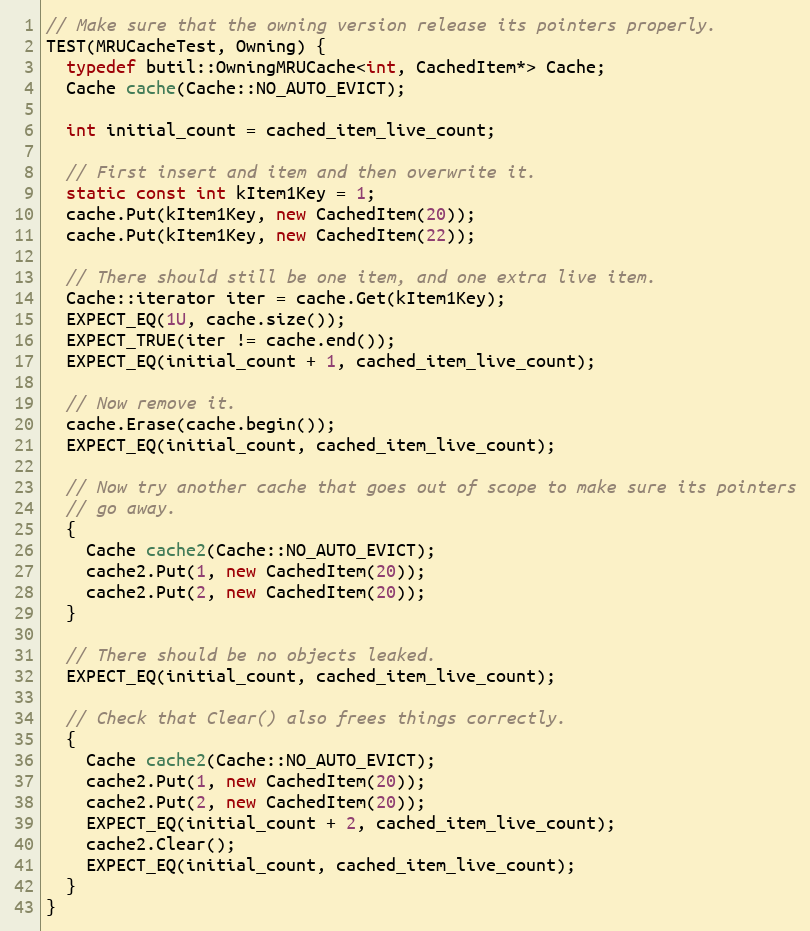
Language: C++
// Make sure that the owning version release its pointers properly.
TEST(MRUCacheTest, Owning) {
  typedef butil::OwningMRUCache<int, CachedItem*> Cache;
  Cache cache(Cache::NO_AUTO_EVICT);

  int initial_count = cached_item_live_count;

  // First insert and item and then overwrite it.
  static const int kItem1Key = 1;
  cache.Put(kItem1Key, new CachedItem(20));
  cache.Put(kItem1Key, new CachedItem(22));

  // There should still be one item, and one extra live item.
  Cache::iterator iter = cache.Get(kItem1Key);
  EXPECT_EQ(1U, cache.size());
  EXPECT_TRUE(iter != cache.end());
  EXPECT_EQ(initial_count + 1, cached_item_live_count);

  // Now remove it.
  cache.Erase(cache.begin());
  EXPECT_EQ(initial_count, cached_item_live_count);

  // Now try another cache that goes out of scope to make sure its pointers
  // go away.
  {
    Cache cache2(Cache::NO_AUTO_EVICT);
    cache2.Put(1, new CachedItem(20));
    cache2.Put(2, new CachedItem(20));
  }

  // There should be no objects leaked.
  EXPECT_EQ(initial_count, cached_item_live_count);

  // Check that Clear() also frees things correctly.
  {
    Cache cache2(Cache::NO_AUTO_EVICT);
    cache2.Put(1, new CachedItem(20));
    cache2.Put(2, new CachedItem(20));
    EXPECT_EQ(initial_count + 2, cached_item_live_count);
    cache2.Clear();
    EXPECT_EQ(initial_count, cached_item_live_count);
  }
}